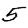
Digit: 5